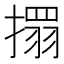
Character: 𢴄